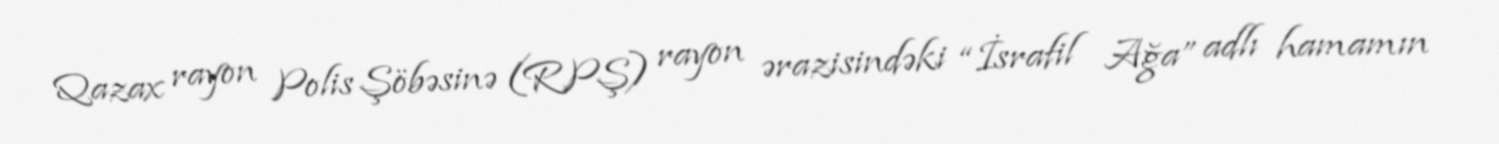
Qazax rayon Polis Şöbəsinə (RPŞ) rayon ərazisindəki “İsrafil Ağa” adlı hamamın